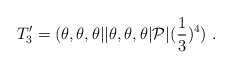
\begin{align*}T^\prime_3=(\theta,\theta,\theta \vert\vert \theta,\theta,\theta\vert {\cal P}\vert({1\over 3})^4)~.\end{align*}